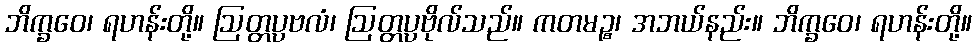
ဘိက္ခဝေ၊ ရဟန်းတို့။ ဩတ္တပ္ပဗလံ၊ ဩတ္တပ္ပဗိုလ်သည်။ ကတမဉ္စ၊ အဘယ်နည်း။ ဘိက္ခဝေ၊ ရဟန်းတို့။